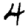
Digit: 4